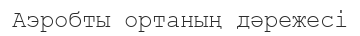
Аэробты ортаның дәрежесі